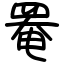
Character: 罨